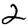
Digit: 2